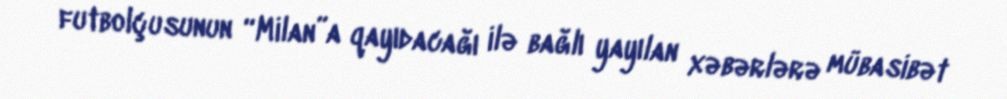
futbolçusunun “Milan”a qayıdacağı ilə bağlı yayılan xəbərlərə mübasibət